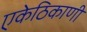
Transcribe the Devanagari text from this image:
एकेठिकाणी